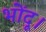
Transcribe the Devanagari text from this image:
भोंदू।